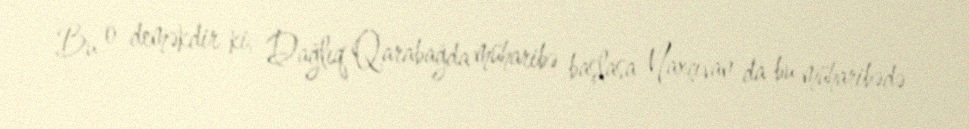
Bu o deməkdir ki, Dağlıq Qarabağda müharibə başlasa Naxçıvan da bu müharibədə